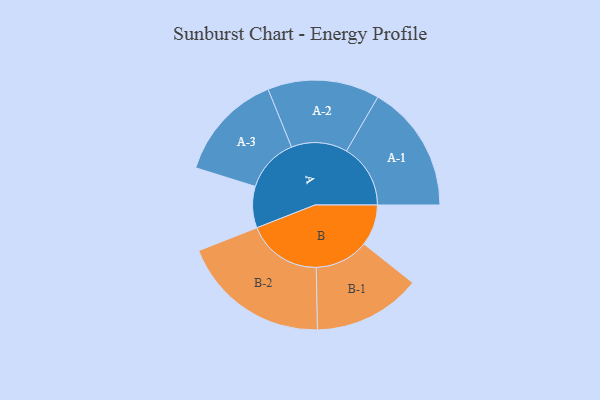
{"axis": {"x": "Segment", "y": "Value"}, "legend": ["", "A", "B"], "data": [{"x": "A", "y": 160, "type": ""}, {"x": "B", "y": 159, "type": ""}, {"x": "A-1", "y": 247, "type": "A"}, {"x": "A-2", "y": 216, "type": "A"}, {"x": "A-3", "y": 209, "type": "A"}, {"x": "B-1", "y": 208, "type": "B"}, {"x": "B-2", "y": 288, "type": "B"}]}